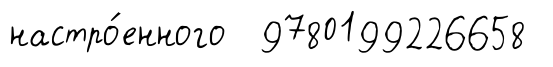
настро́енного 9780199226658